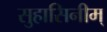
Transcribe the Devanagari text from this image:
सुहासिनीम्